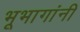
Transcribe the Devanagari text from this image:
भूभागांनी